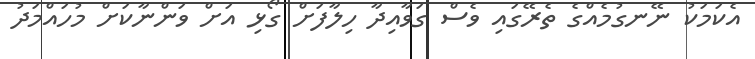
އެކަމަކު ނޭނގުމެއްގެ ތެރޭގައި ވެސް ގަވާއިދާ ހިލާފަށް ގޯޅި އަށް ވަންނާކަށް މުހައްމަދު